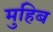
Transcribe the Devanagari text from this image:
मुहिब